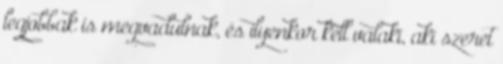
legjobbak is megvadulnak, és ilyenkor kell valaki, aki szeret